Report on vaccination in Madras 1895-1903 - 1895-1903
Year: 1895
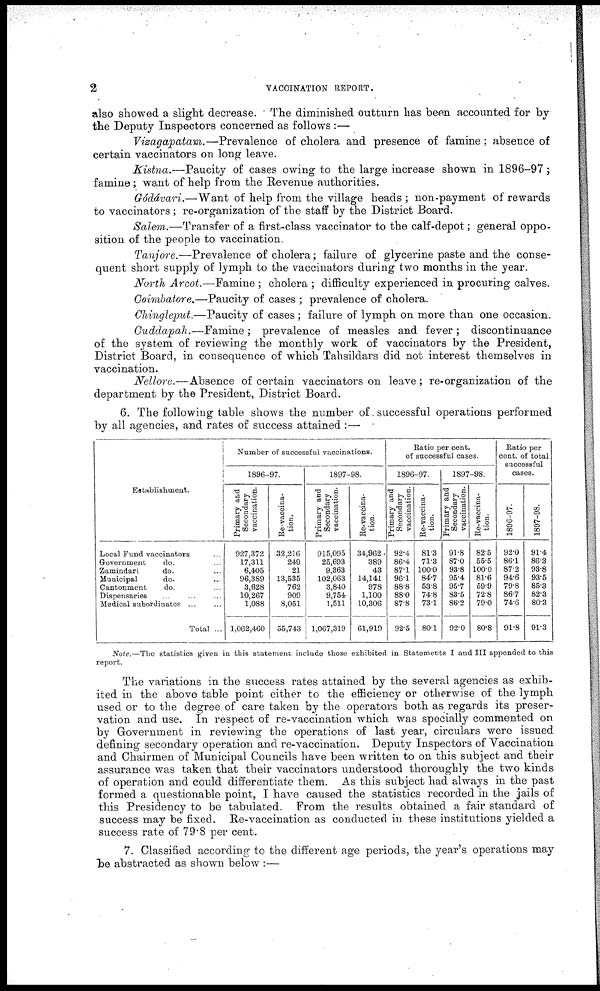
2
VACCINATION REPORT.
also showed a slight decrease. The diminished outturn has been accounted for by
the Deputy Inspectors concerned as follows :—
Vizagapatam.—Prevalence of cholera and presence of famine; absence of
certain vaccinators on long leave.
Kistna.—Paucity of cases owing to the large increase shown in 1896-97;
famine; want of help from the Revenue authorities.
Gódávari.—Want of help from the village heads; non-payment of rewards
to vaccinators ; re-organization of the staff by the District Board.
Salem.—Transfer of a first-class vaccinator to the calf-depot; general oppo-
sition of the people to vaccination.
Tanjore.—Prevalence of cholera; failure of glycerine paste and the conse-
quent short supply of lymph to the vaccinators during two months in the year.
North Arcot.—Famine ; cholera ; difficulty experienced in procuring calves.
Coimbatore.—Paucity of cases ; prevalence of cholera.
Chingleput.—Paucity of cases; failure of lymph on more than one occasion.
Cuddapah.—Famine;
prevalence of measles and fever; discontinuance
of the system of reviewing the monthly work of vaccinators by the President,
District Board, in consequence of which Tahsildars did not interest themselves in
vaccination.
Nellore.—Absence of certain vaccinators on leave; re-organization of the
department by the President, District Board.
6. The following table shows the number of successful operations performed
by all agencies, and rates of success attained:—
Establishment.
Local Fund vaccinators ...
Government
do. ...
Zamindari
do. ...
Municipal
do. ...
Cantonment
do. ...
Dispensaries ... ... ...
Medical subordinates ...
Total ...
Number of successful vaccinations.
1896-97.
Primary and
Secondary
vaccination.
927,372
17,311
6,405
96,389
3,628
10,267
1,088
1,062,460
Re-vaccina-
tion.
32,216
249
21
13,535
762
909
8,051
55,743
1897-98.
Primary and
Secondary
vaccination.
915,095
25,693
9,363
102,063
3,840
9,754
1,511
1,067,319
Re-vaccina-
tion.
34,962
389
43
14,141
978
1,100
10,306
61,919
Ratio per cent.
of successful cases.
1896-97.
Primary and
Secondary
vaccination.
92.4
86.4
87.1
96.1
88.8
88.0
87.8
92.5
Re-vaccina-
tion.
81.3
71.3
100.0
84.7
53.8
74.8
73.1
80.1
1897-98.
Primary and
Secondary
vaccination.
91.8
87.0
93.8
95.4
95.7
83.5
86.2
92.0
Re-vaccina-
tion.
82.5
55.5
100.0
81.6
59.9
72.8
79.0
80.8
Ratio per
cent. of total
successful
cases.
1896-97.
92.0
86.1
87.2
94.6
79.8
86.7
74.6
91.8
1897-98.
91.4
86.3
93.8
93.5
85.3
82.3
80.3
91.3
Note.—The statistics given in this statement include those exhibited in Statements I and III appended to this
report.
The variations in the success rates attained by the several agencies as exhib-
ited in the above table point either to the efficiency or otherwise of the lymph
used or to the degree of care taken by the operators both as regards its preser-
vation and use. In respect of re-vaccination which was specially commented on
by Government in reviewing the operations of last year, circulars were issued
defining secondary operation and re-vaccination. Deputy Inspectors of Vaccination
and Chairmen of Municipal Councils have been written to on this subject and their
assurance was taken that their vaccinators understood thoroughly the two kinds
of operation and could differentiate them. As this subject had always in the past
formed a questionable point, I have caused the statistics recorded in the jails of
this Presidency to be tabulated. From the results obtained a fair standard of
success may be fixed. Re-vaccination as conducted in these institutions yielded a
success rate of 79.8 per cent.
7. Classified according to the different age periods, the year's operations may
be abstracted as shown below :—